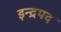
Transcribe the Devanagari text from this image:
इन्द्रपद